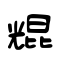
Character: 尡